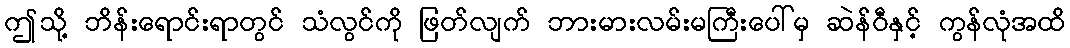
ဤသို့ ဘိန်းရောင်းရာတွင် သံလွင်ကို ဖြတ်လျက် ဘားမားလမ်းမကြီးပေါ်မှ ဆဲန်ဝီနှင့် ကွန်လုံအထိ